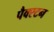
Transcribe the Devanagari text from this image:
पैक्स्टन